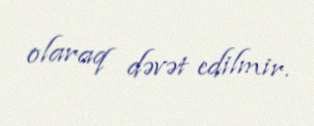
olaraq dəvət edilmir.